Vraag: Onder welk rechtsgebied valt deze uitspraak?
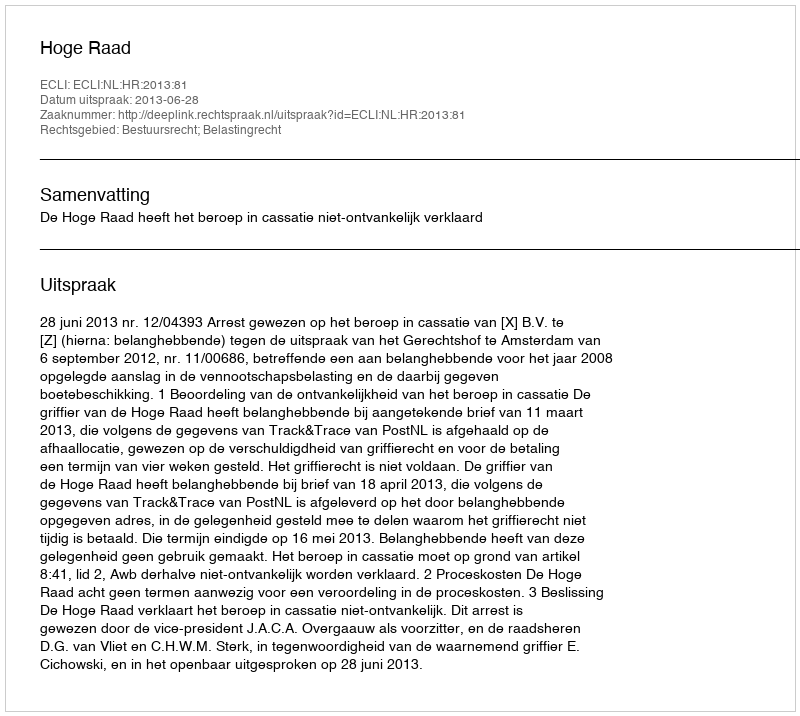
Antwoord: Bestuursrecht; Belastingrecht